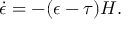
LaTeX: \dot { \epsilon } = - ( \epsilon - \tau ) H .